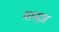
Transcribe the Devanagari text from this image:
पासज़